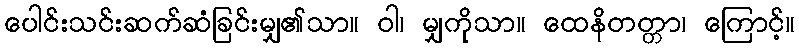
ပေါင်းသင်းဆက်ဆံခြင်းမျှ၏သာ။ ဝါ၊ မျှကိုသာ။ ထေနိတတ္တာ၊ ကြောင့်။